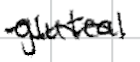
Text: gluteal
Cross-out: wave
Writing tool: digital_black